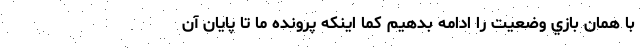
با همان بازي وضعيت را ادامه بدهيم كما اينكه پرونده ما تا پايان آن